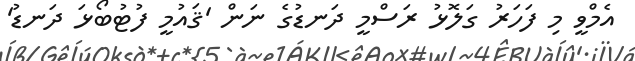
އެމްވީ މި ފަހަރު ގަލޮޅު ރަސްމީ ދަނޑުގެ ނަން 'ޤައުމީ ފުޓުބޯޅަ ދަނޑު'